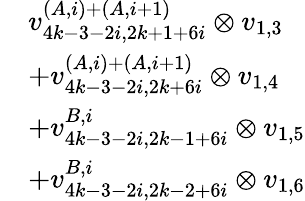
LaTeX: \begin{array}{rl}&{v_{4k-3-2i,2k+1+6i}^{(A,i)+(A,i+1)}\otimes v_{1,3}}\\ &{+v_{4k-3-2i,2k+6i}^{(A,i)+(A,i+1)}\otimes v_{1,4}}\\ &{+v_{4k-3-2i,2k-1+6i}^{B,i}\otimes v_{1,5}}\\ &{+v_{4k-3-2i,2k-2+6i}^{B,i}\otimes v_{1,6}}\end{array}